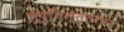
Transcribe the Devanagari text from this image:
बुद्धिमत्तांचा